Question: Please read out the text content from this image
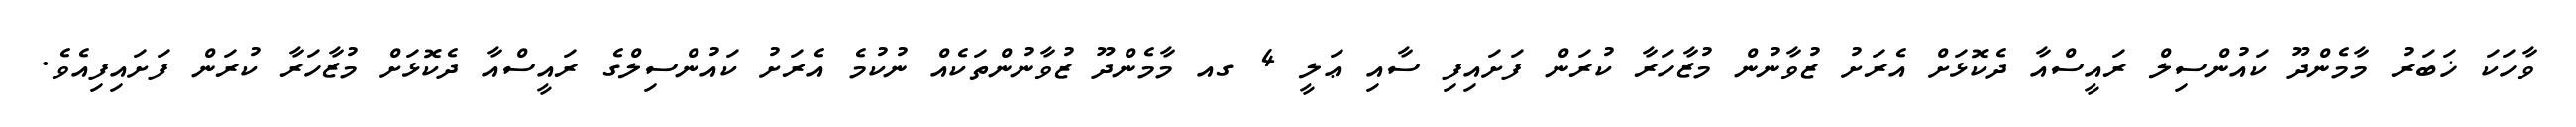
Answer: ވާހަކަ ޚަބަރު މާމެންދޫ ކައުންސިލް ރައީސްއާ ދެކޮޅަށް އެރަށު ޒުވާނުން މުޒާހަރާ ކުރަން ފަށައިފި ސާއި ޢަލީ 4 ގއ މާމެންދޫ ޒުވާނުންތަކެއް ނުކުމެ އެރަށު ކައުންސިލްގެ ރައީސްއާ ދެކޮޅަށް މުޒާހަރާ ކުރަން ފަށައިފިއެވެ.